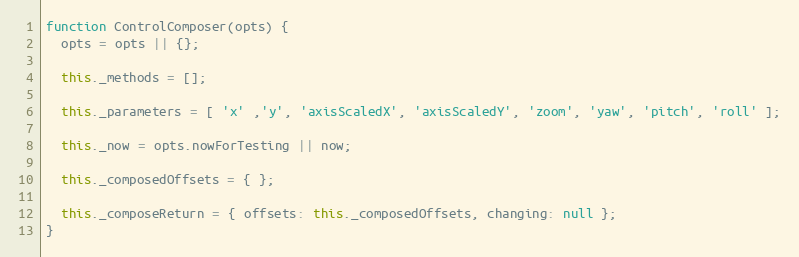
Language: JavaScript
function ControlComposer(opts) {
  opts = opts || {};

  this._methods = [];

  this._parameters = [ 'x' ,'y', 'axisScaledX', 'axisScaledY', 'zoom', 'yaw', 'pitch', 'roll' ];

  this._now = opts.nowForTesting || now;

  this._composedOffsets = { };

  this._composeReturn = { offsets: this._composedOffsets, changing: null };
}